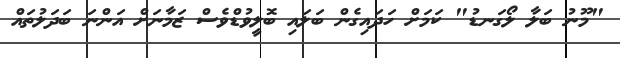
"މޫނު ބަލާ ލޯގަނޑު" ކަމަށް ހަދައިގެން ބަލައި ބޮލީވުޑްވެސް ޒަމާނަށް އަންނަ ބަދަލުތައް